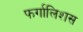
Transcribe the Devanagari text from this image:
फर्गालिशस